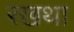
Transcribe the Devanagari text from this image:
रखथा